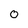
Character: 0